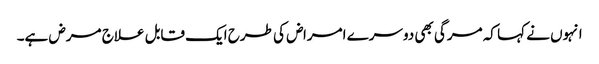
انہوں نے کہا کہ مرگی بھی دوسرے امراض کی طرح ایک قابل علاج مرض ہے۔